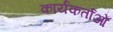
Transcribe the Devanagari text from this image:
कार्यकर्ताओँ